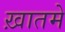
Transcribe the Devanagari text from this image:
ख़ातमे